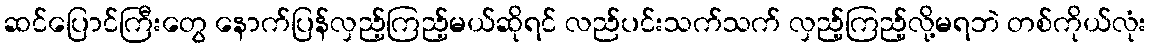
ဆင်ပြောင်ကြီးတွေ နောက်ပြန်လှည့်ကြည့်မယ်ဆိုရင် လည်ပင်းသက်သက် လှည့်ကြည့်လို့မရဘဲ တစ်ကိုယ်လုံး